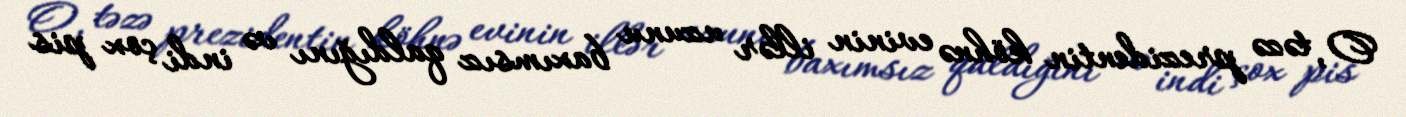
O, təzə prezidentin köhnə evinin illər uzunu baxımsız qaldığını və indi çox pis